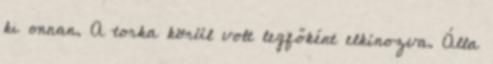
ki onnan. A torka körül volt legfőként elkínozva. Álla